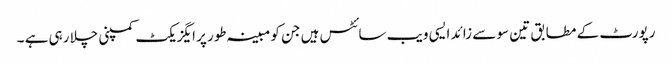
رپورٹ کے مطابق تین سو سے زائد ایسی ویب سائٹس ہیں جن کو مبینہ طور پر ایگزیکٹ کمپنی چلا رہی ہے ۔